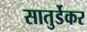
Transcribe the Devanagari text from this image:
सातुर्डेकर